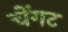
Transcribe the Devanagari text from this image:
चेंगट